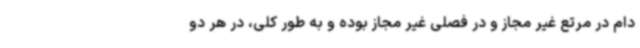
دام در مرتع غیر مجاز و در فصلی غیر مجاز بوده و به طور کلی، در هر دو